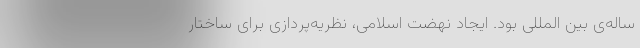
ساله‌ی بین المللی بود. ایجاد نهضت اسلامی، نظریه‌پردازی برای ساختار